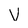
Character: V